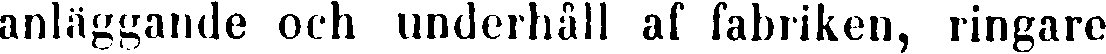
anläggande och underhåll af fabriken, ringare